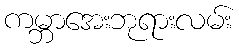
ကမ္ဘာအေးဘုရားလမ်း